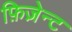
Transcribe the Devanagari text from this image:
फ़िज़ेन्ट